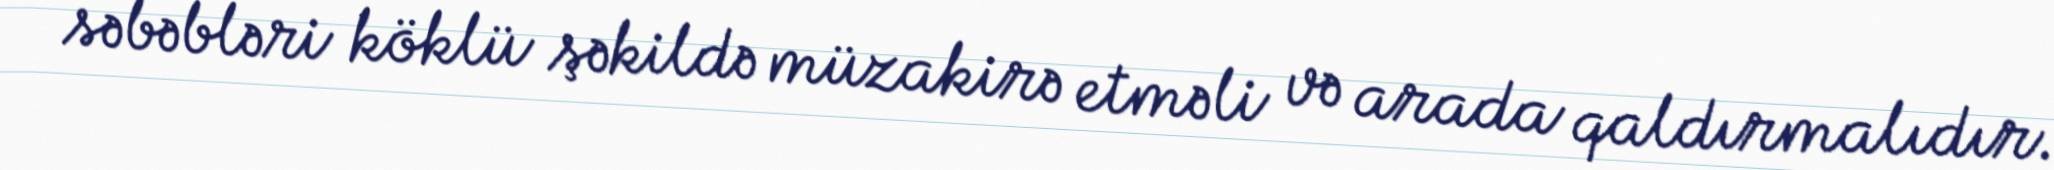
səbəbləri köklü şəkildə müzakirə etməli və arada qaldırmalıdır.